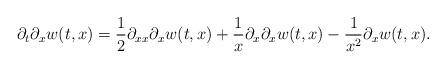
LaTeX: \begin{align*} \partial_t\partial_xw(t,x)=\frac12\partial_{xx}\partial_xw(t,x)+\frac1x\partial_x\partial_xw(t,x)-\frac{1}{x^2}\partial_xw(t,x). \end{align*}